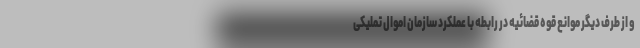
و از طرف دیگر موانع قوه قضائیه در رابطه با عملکرد سازمان اموال تملیکی